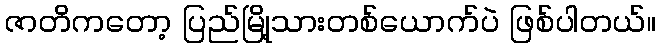
ဇာတိကတော့ ပြည်မြို့သားတစ်ယောက်ပဲ ဖြစ်ပါတယ်။